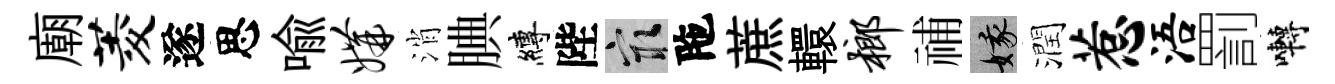
廟菱遂思喩媾消腆縛陛冣陁蔗轘榔𥙷娥潤惹浯罰囀